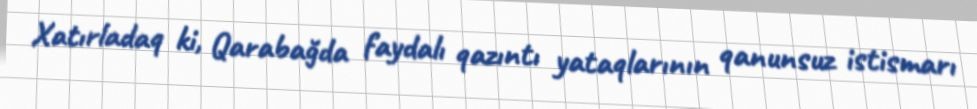
Xatırladaq ki, Qarabağda faydalı qazıntı yataqlarının qanunsuz istismarı